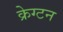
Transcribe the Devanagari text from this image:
क्रेग्टन